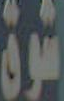
شون